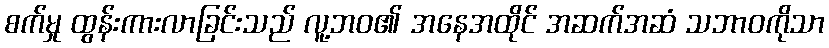
စက်မှု ထွန်းကားလာခြင်းသည် လူ့ဘဝ၏ အနေအထိုင် အဆက်အဆံ သဘာဝကိုသာ